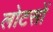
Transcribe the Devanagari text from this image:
लोटसों